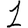
Digit: 1